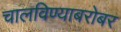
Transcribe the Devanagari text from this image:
चालविण्याबरोबर